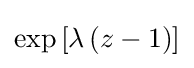
\exp \left[\lambda \left(z-1\right)\right]